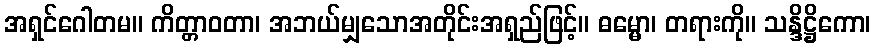
အရှင်ဂေါတမ။ ကိတ္တာဝတာ၊ အဘယ်မျှသောအတိုင်းအရှည်ဖြင့်။ ဓမ္မော၊ တရားကို။ သန္ဒိဋ္ဌိကော၊